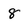
Character: 8